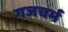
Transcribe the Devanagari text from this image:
गजचर्म